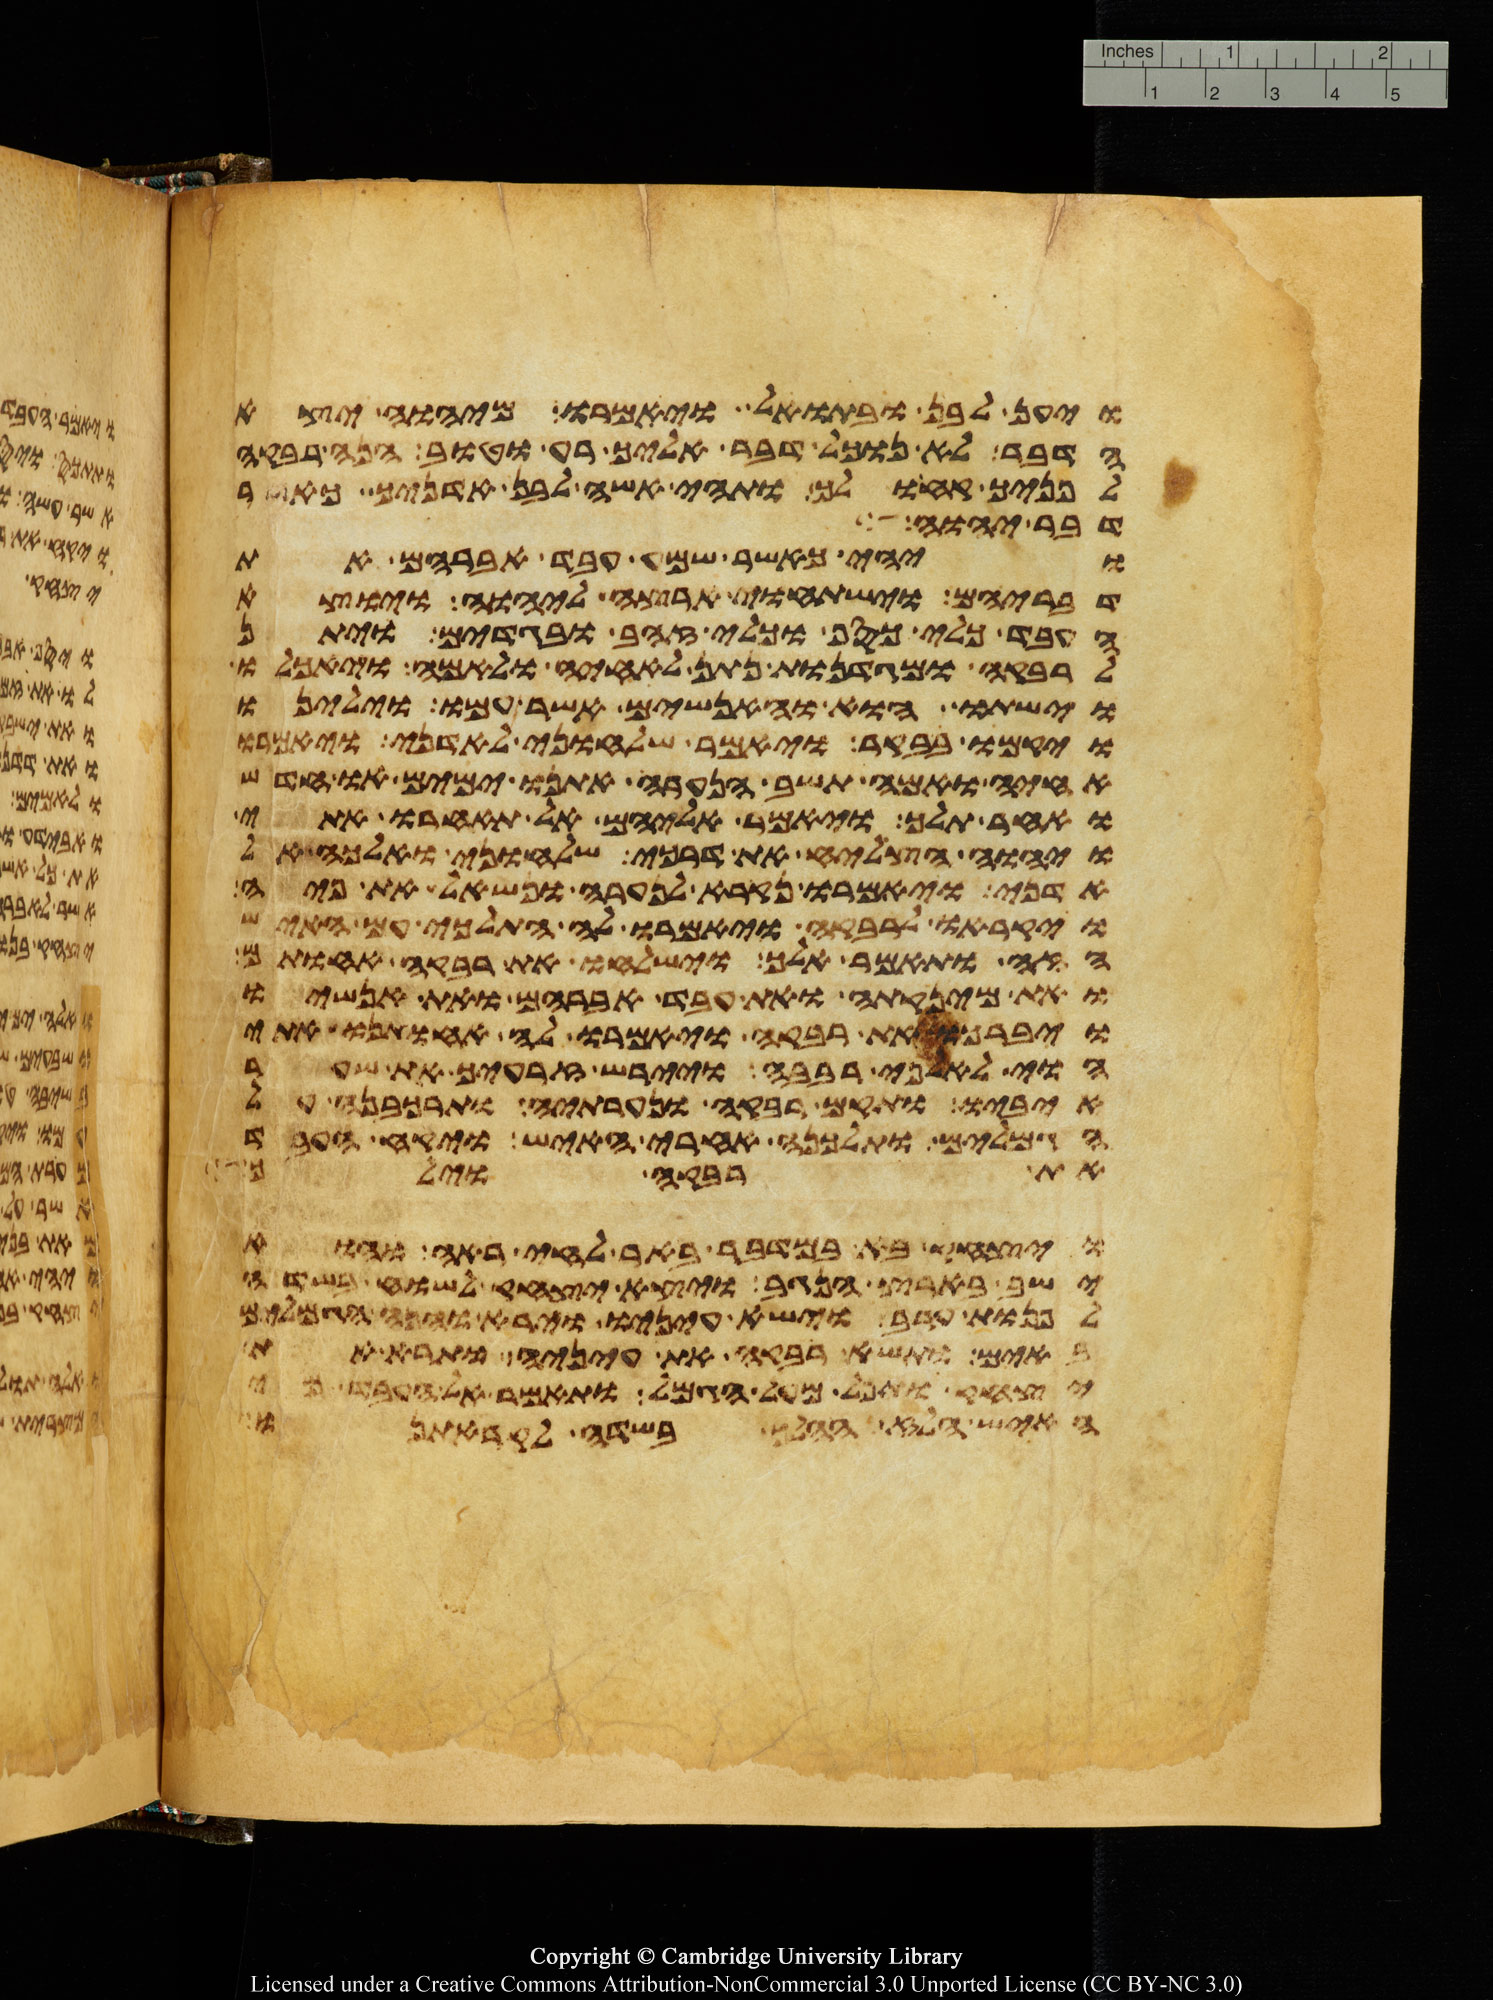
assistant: ויען לבן ובתואל ויאמרו מיהוה יצא
הדבר לא נוכל דבר אליך רע וטוב הנה רבקה
לפניך קח ולך ותהי אשה לבן אדניך כאשר
דבר יהוה
ויהי כאשר שמע עבד אברהם את
דבריהם וישתחוי ארצה ליהוה ויוצא
העבד כלי כסף וכלי זהב ובגדים ויתן
לרבקה ומגדנות נתן לאחיה ולאמה ויאכלו
וישתו הוא והאנשים אשר עמו וילינו
ויקמו בבקר ויאמר שלחוני לאדני ויאמרו
אחיה ואמה תשב הנערה אתנו ימים או חדש
ואחר תלך ויאמר אליהם אל תאחרו אתי
ויהוה הצליח את דרכי שלחוני ואלכה אל
אדני ויאמרו נקרא לנערה ונשאל את פיה
ויקראו לרבקה ויאמרו לה התלכי עם האיש
הזה ותאמר אלך וישלחו את רבקה אחותם
ואת מינקתה ואת עבד אברהם ואת אנשיו
ויברכו את רבקה ויאמרו לה אחותנו אתי
הוי לאלפי רבבה ויירש זרעיך את שער
איביו ותקם רבקה ונערתיה ותרכבנה על
הגמלים ותלכנה אחרי האיש ויקח העבד
את רבקה וילך
ויצחק בא במדבר באר לחי ראה והוא
ישב בארץ הנגב ויצא יצחק לשוח בשדה
לפנות ערב וישא עיניו וירא והנה הגמלים
באים ותשא רבקה את עיניה ותרא את
יצחק ותפל מעל הגמל ותאמר אל העבד מי
האיש הלז ההלך בשדה לקראתנו